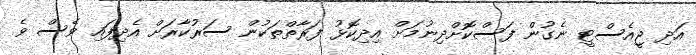
އަދި ޖީއެސްޓީ ނެގުން ފަސްކޮށްދިނުމަށް އިދިކޮޅު ފަރާތްތަކުން ސަރުކާރަށް އެދިފައި ވެސް ވެ